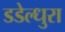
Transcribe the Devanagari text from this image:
डडेल्धुरा